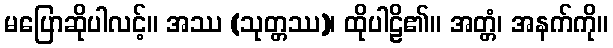
မပြောဆိုပါလင့်။ အဿ (သုတ္တဿ)၊ ထိုပါဠိ၏။ အတ္တံ၊ အနက်ကို။